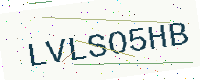
Text: LVLSO5HB